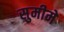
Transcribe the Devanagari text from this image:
सुमीमे